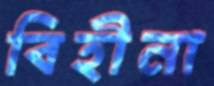
বিহীনা